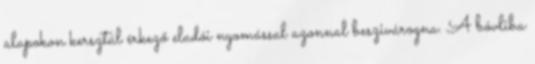
alapokon kersztül érkező eladói nyomással azonnal beszivárogna. A bóvliba